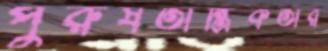
পুরুষতান্ত্রিকতার